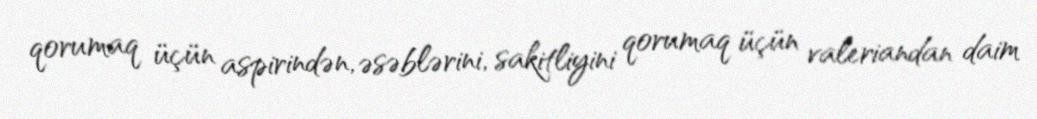
qorumaq üçün aspirindən, əsəblərini, sakitliyini qorumaq üçün valeriandan daim